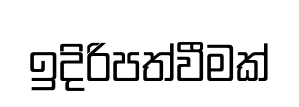
ඉදිරිපත්වීමක්